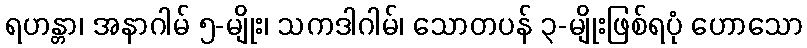
ရဟန္တာ၊ အနာဂါမ် ၅-မျိုး၊ သကဒါဂါမ်၊ သောတပန် ၃-မျိုးဖြစ်ရပုံ ဟောသော